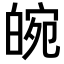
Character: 𤾂